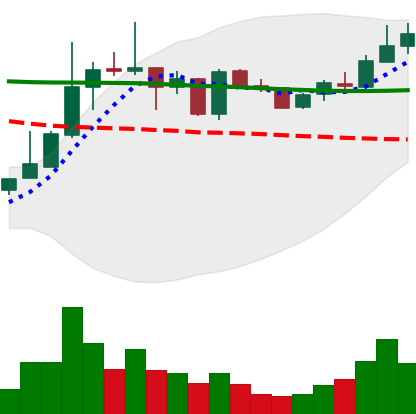
Ticker: TRX-USD
Chart end date: 2019-01-06
Forward return: 9.228%
Label: up_7plus